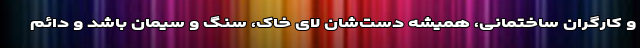
و کارگران ساختمانی، همیشه دست‌شان لای خاک، سنگ و سیمان باشد و دائم